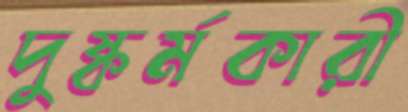
দুষ্কর্মকারী